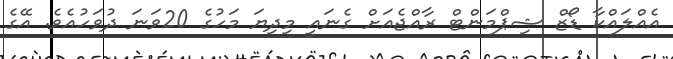
އެއްލައްކާ ޑޯޒް ޝިޕްމަންޓް ރާއްޖެއަށް ގެނައީ މިދިޔަ މަހުގެ 20ވަނަ ދުވަހުއެވެ. އޭގެ